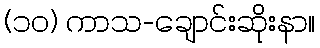
(၁၀) ကာသ-ချောင်းဆိုးနာ။